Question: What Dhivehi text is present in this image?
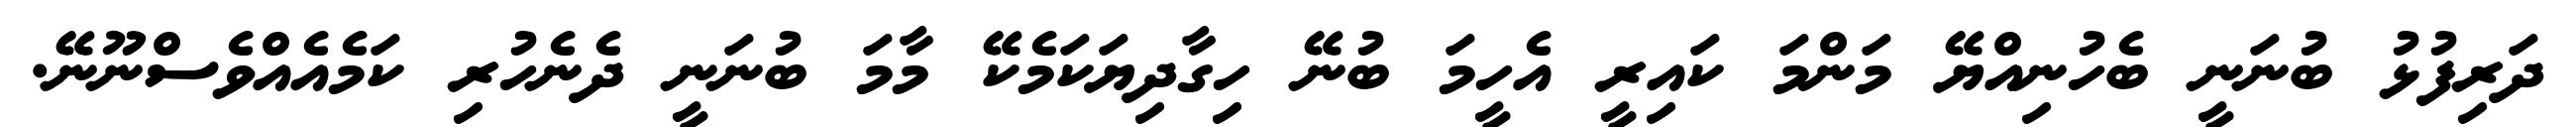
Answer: ދަރިފުޅު ބުނަނީ ބެހުނިއްޔޭ މަންމަ ކައިރީ އެހީމަ ބުނޭ ހިގާދިޔަކަމެކޭ މާމަ ބުނަނީ ދެނެހުރި ކަމެއެއްވެސްނޫނޭ.